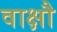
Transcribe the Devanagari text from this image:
वाक्षौ